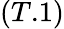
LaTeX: (T.1)